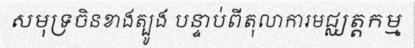
សមុទ្រចិនខាងត្បូង បន្ទាប់ពីតុលាការមជ្ឈត្តកម្ម